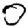
Digit: 0